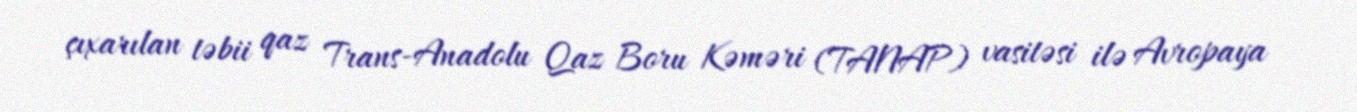
çıxarılan təbii qaz Trans-Anadolu Qaz Boru Kəməri (TANAP) vasitəsi ilə Avropaya